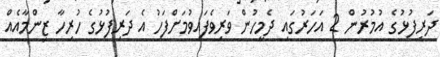
ދަރިފުޅުގެ އުމުރުން 2 އަހަރުގައި ދެމީހުން ވަރިވެފައިވުމަށްފަހު އެ ދަރިފުޅުގެ ހުރިހާ ޒިންމާއެއް